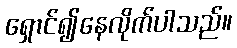
ရှောင်၍နေလိုက်ပါသည်။